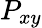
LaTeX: P_{xy}